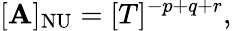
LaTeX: [\mathbf{A}]_{\mathrm{{NU}}}=[T]^{-p+q+r},